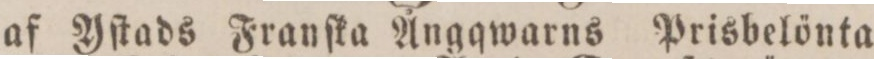
af Yſtads Franſka Ångqwarns Prisbelönta